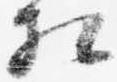
相